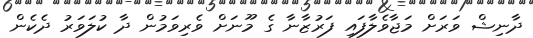
ދާނިޝް ވަރަށް މަޖާވެލާފައި ފަރުޒާނާ ގެ މޫނަށް ވެރިވަމުން ދާ ކުލަވަރު ދެކެން